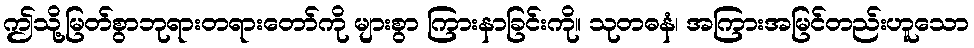
ဤသို့မြတ်စွာဘုရားတရားတော်ကို များစွာ ကြားနာခြင်းကို။ သုတဓနံ၊ အကြားအမြင်တည်းဟူသော